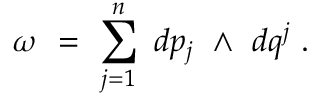
\omega \ = \ \sum _ { j = 1 } ^ { n } \ d p _ { j } \ \wedge \ d q ^ { j } \ .